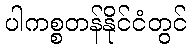
ပါကစ္စတန်နိုင်ငံတွင်